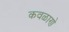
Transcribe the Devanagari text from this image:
कवळाणे